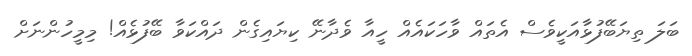
ބަލަ ތިޔަބޭފުޅާައަކީވެސް އެތައް ވާހަކައެއް ހީއާ ވެދާނޭ ކިޔައިގެން ދައްކަވާ ބޭފުޅެއް! މިމީހުންނަށް